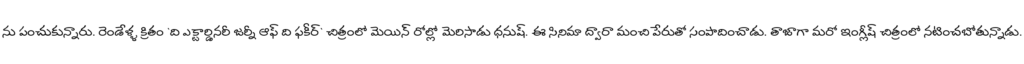
ను పంచుకున్నారు. రెండేళ్ళ క్రితం `ది ఎక్టార్డినరీ జర్నీ ఆఫ్ ది ఫకీర్` చిత్రంలో మెయిన్ రోల్లో మెరిసాడు ధనుష్. ఈ సినిమా ద్వారా మంచి పేరుతో సంపాదించాడు. తాజాగా మరో ఇంగ్లీష్ చిత్రంలో నటించబోతున్నాడు.